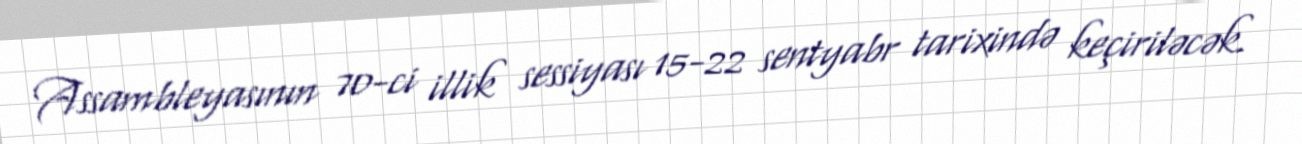
Assambleyasının 70-ci illik sessiyası 15-22 sentyabr tarixində keçiriləcək.